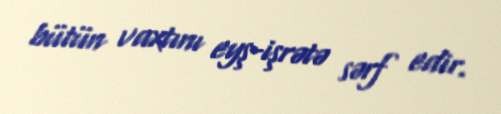
bütün vaxtını eyş-işrətə sərf edir.